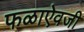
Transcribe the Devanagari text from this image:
फळाऐवजी